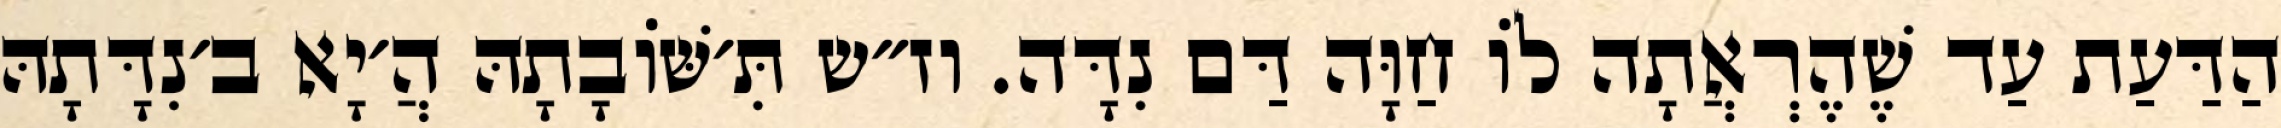
הַדַּעַת עַד שֶׁהֶרְאֲתָה לוֹ חַוָּה דַּם נִדָּה. וז״ש תִּ׳שּׁוֹבָתָהּ הֲ׳יָא ב׳נִדָּתָהּ